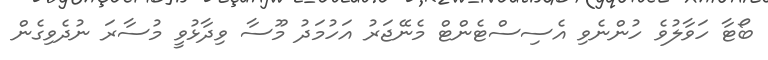
ބޯޓާ ހަވާލުވެ ހުންނެވި އެސިސްޓެންޓް މެނޭޖަރު އަހުމަދު މޫސާ ވިދާޅުވީ މުސާރަ ނުދެވިގެން